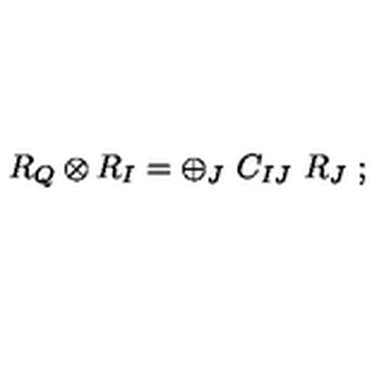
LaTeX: R _ { Q } \otimes R _ { I } = \oplus _ { J } \ C _ { I J } \ R _ { J } \ ;